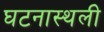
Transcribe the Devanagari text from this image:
घटनास्थली